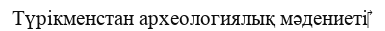
Түрікменстан археологиялық мәдениеті‎